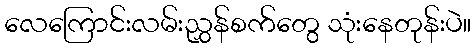
လေကြောင်းလမ်းညွှန်စက်တွေ သုံးနေတုန်းပဲ။